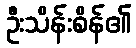
ဦးသိန်းစိန်၏